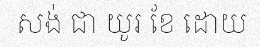
សង់ ជា យូរ ខែ ដោយ